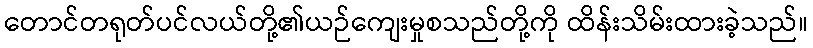
တောင်တရုတ်ပင်လယ်တို့၏ယဉ်ကျေးမှုစသည်တို့ကို ထိန်းသိမ်းထားခဲ့သည်။